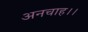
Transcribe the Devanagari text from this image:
अनचाह।।